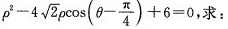
$$\rho ^ { 2 } - 4 \sqrt { 2 } \rho \cos ( \theta - \frac { \pi } { 4 } ) + 6 = 0$$ 求：